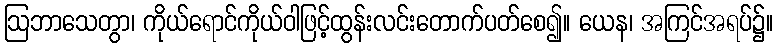
ဩဘာသေတွာ၊ ကိုယ်ရောင်ကိုယ်ဝါဖြင့်ထွန်းလင်းတောက်ပတ်စေ၍။ ယေန၊ အကြင်အရပ်၌။